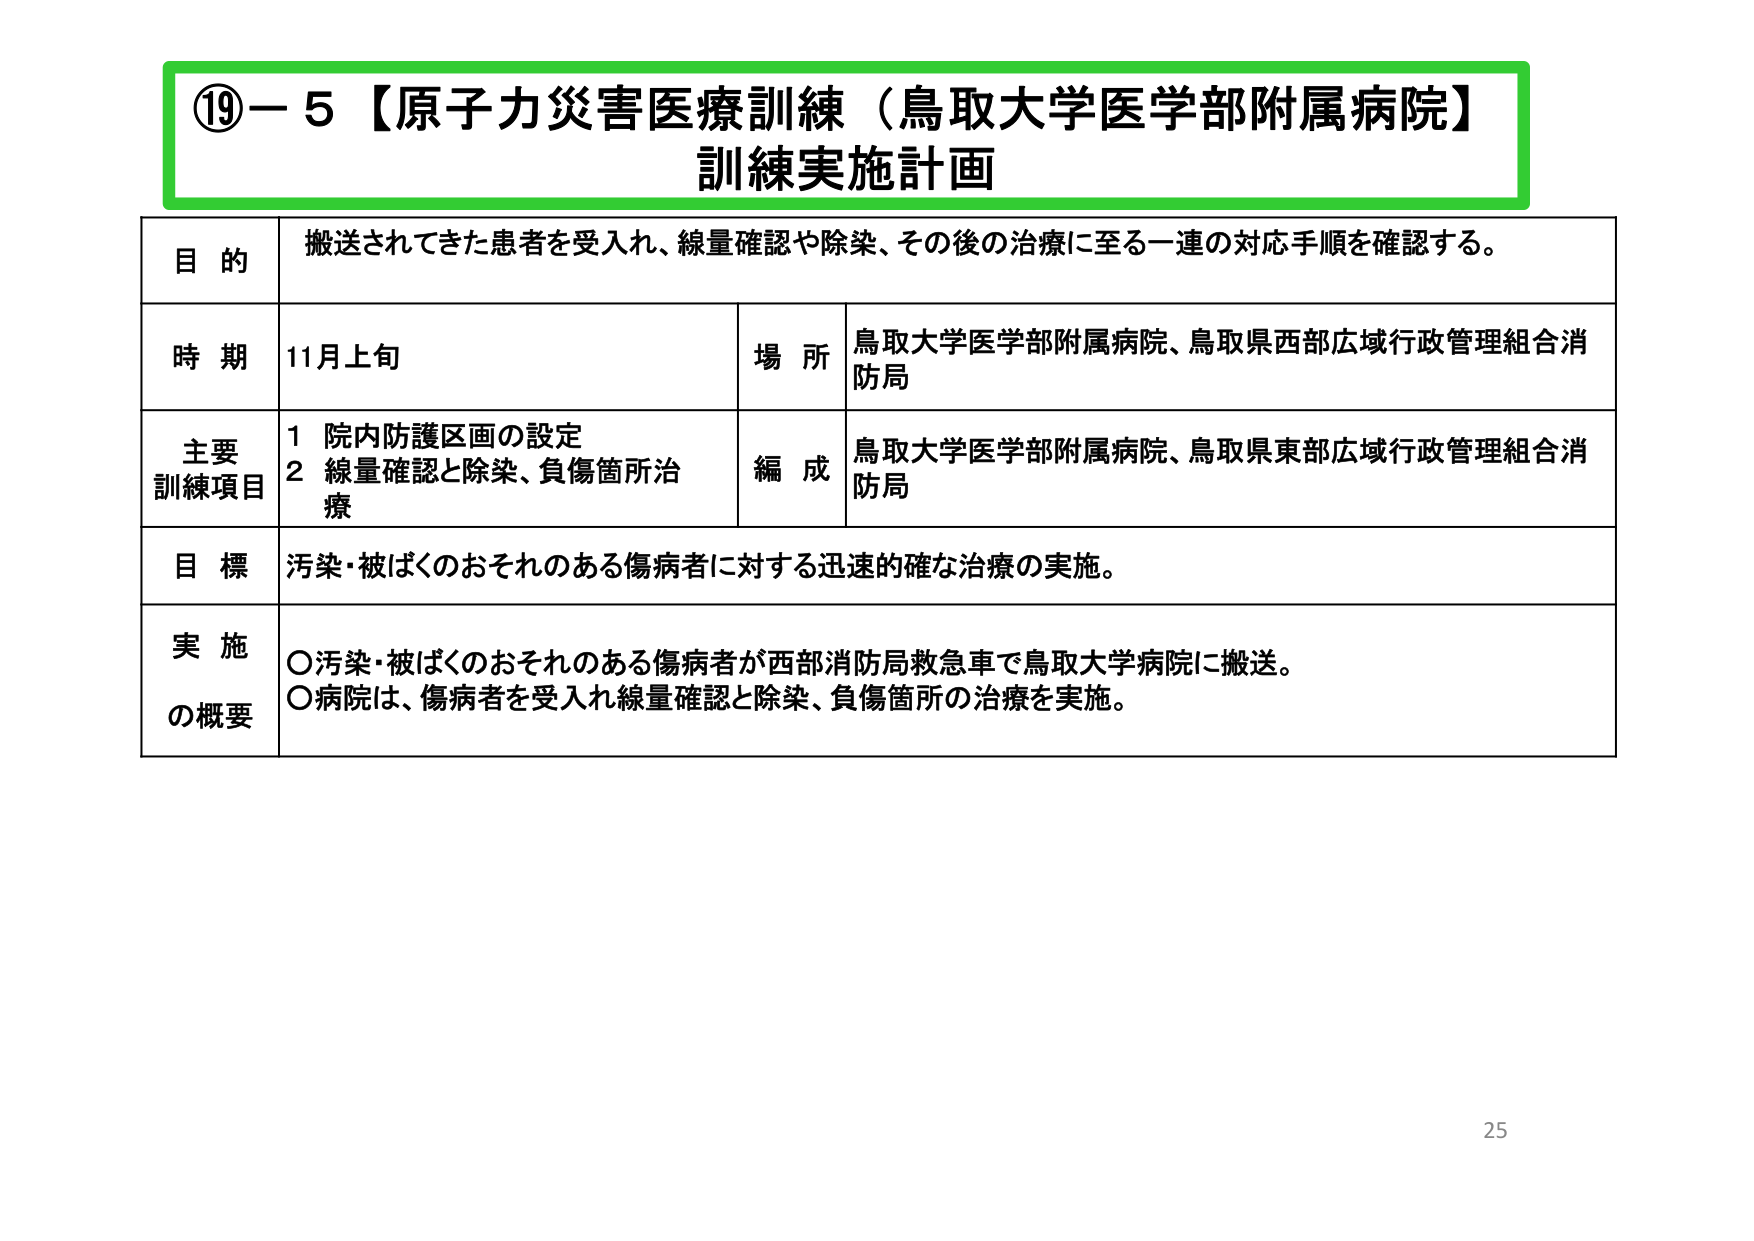
⑲－５【原子力災害医療訓練（鳥取大学医学部附属病院）
訓練実施計画

目的　搬送されてきた患者を受入れ、線量確認や除染、その後の治療に至る一連の対応手順を確認する。

時期　11月上旬　　　　　　　　　　　場所　鳥取大学医学部附属病院、鳥取県西部広域行政管理組合消防局

主要訓練項目　1 院内防護区画の設定
　　　　　　　2 線量確認と除染、負傷箇所治療
　　　　　　　　　　　　　　　　　編成　鳥取大学医学部附属病院、鳥取県東部広域行政管理組合消防局

目標　汚染・被ばくのおそれのある傷病者に対する迅速的確な治療の実施。

実施の概要　〇汚染・被ばくのおそれのある傷病者が西部消防局救急車で鳥取大学病院に搬送。
　　　　　　〇病院は、傷病者を受入れ線量確認と除染、負傷箇所の治療を実施。

25